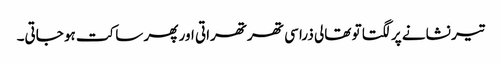
تیر نشانے پر لگتا تو تھالی ذرا سی تھرتھراتی اور پھر ساکت ہو جاتی۔